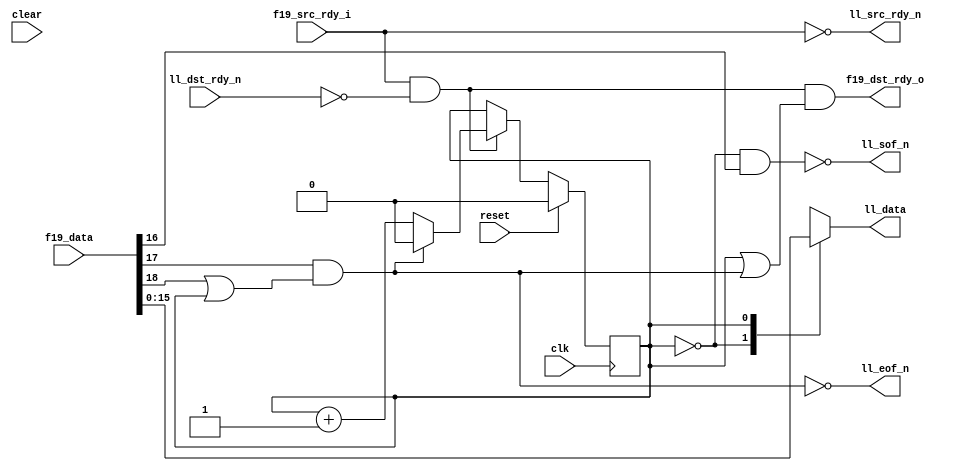
//
// Copyright 2011 Ettus Research LLC
//
// This program is free software: you can redistribute it and/or modify
// it under the terms of the GNU General Public License as published by
// the Free Software Foundation, either version 3 of the License, or
// (at your option) any later version.
//
// This program is distributed in the hope that it will be useful,
// but WITHOUT ANY WARRANTY; without even the implied warranty of
// MERCHANTABILITY or FITNESS FOR A PARTICULAR PURPOSE.  See the
// GNU General Public License for more details.
//
// You should have received a copy of the GNU General Public License
// along with this program.  If not, see <http://www.gnu.org/licenses/>.
//


module fifo19_to_ll8
  (input clk, input reset, input clear,
   input [18:0] f19_data,
   input f19_src_rdy_i,
   output f19_dst_rdy_o,

   output reg [7:0] ll_data,
   output ll_sof_n,
   output ll_eof_n,
   output ll_src_rdy_n,
   input ll_dst_rdy_n);

   wire  ll_sof, ll_eof, ll_src_rdy;
   assign ll_sof_n 	= ~ll_sof;
   assign ll_eof_n 	= ~ll_eof;
   assign ll_src_rdy_n 	= ~ll_src_rdy;
   wire ll_dst_rdy 	= ~ll_dst_rdy_n;

   wire   f19_sof 	= f19_data[16];
   wire   f19_eof 	= f19_data[17];
   wire   f19_occ 	= f19_data[18];
   
   wire advance, end_early;
   reg state;

   always @(posedge clk)
     if(reset)
       state 	  <= 0;
     else
       if(advance)
	 if(ll_eof)
	   state  <= 0;
	 else
	   state  <= state + 1;

   always @*
     case(state)
       0 : ll_data = f19_data[15:8];
       1 : ll_data = f19_data[7:0];
       default : ll_data = f19_data[15:8];
       endcase // case (state)
   
   assign ll_sof 	 = (state==0) & f19_sof;
   assign ll_eof 	 = f19_eof & ((f19_occ==1)|(state==1));
   
   assign ll_src_rdy 	 = f19_src_rdy_i;

   assign advance 	 = ll_src_rdy & ll_dst_rdy;
   assign f19_dst_rdy_o  = advance & ((state==1)|ll_eof);
   
endmodule // fifo19_to_ll8